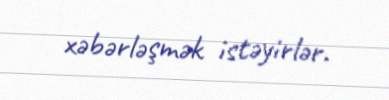
xəbərləşmək istəyirlər.